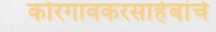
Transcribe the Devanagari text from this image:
कोरगावकरसाहेबांचे